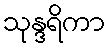
သုန္ဒရိကာ